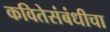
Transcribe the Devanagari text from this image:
कवितेसंबंधीचा